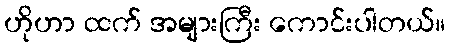
ဟိုဟာ ထက် အများကြီး ကောင်းပါတယ်။